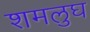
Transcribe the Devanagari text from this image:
शमलुघ